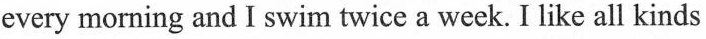
every morning and I swim twice a week. I like all kinds